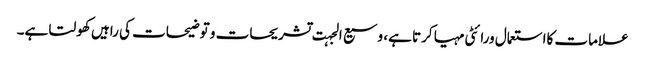
علامات کااستعمال ورائٹی مہیا کرتا ہے، وسیع الجہت تشریحات و توضیحات کی راہیں کھولتا ہے۔